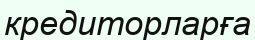
кредиторларға